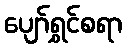
ပျော်ရွှင်စရာ